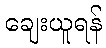
ချေးယူရန်